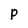
Character: p